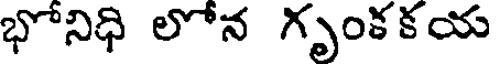
భోనిధి లోన గృంకకయ